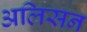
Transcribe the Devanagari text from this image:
अलिसन